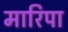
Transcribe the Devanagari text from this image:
मारिपा